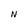
Character: N